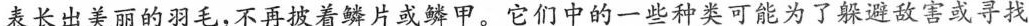
表长出美丽的羽毛，不再披着鳞片或鳞甲。它们中的一些种类可能为了躲避敌害或寻找